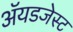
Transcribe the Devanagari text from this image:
ॲयडजेस्ट